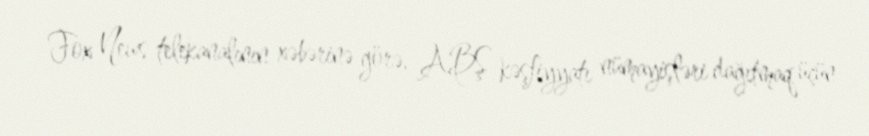
Fox News telekanalının xəbərinə görə, ABŞ kəşfiyyatı nümayişləri dağıtmaq üçün